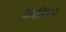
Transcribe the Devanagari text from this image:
फेरहिस्त